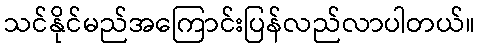
သင်နိုင်မည်အကြောင်းပြန်လည်လာပါတယ်။